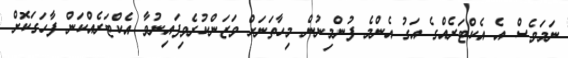
ނަމަވެސް އެ އެކްޓަރެއްގެ އަގު އެންމެ ފުންމިނުން މިހާތަނަށް ވަޒަންކުރެވިފައިނުވާ އެކްޓަރެއްކަން ފާހަގަކޮށް